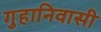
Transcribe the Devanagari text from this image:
गुहानिवासी